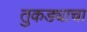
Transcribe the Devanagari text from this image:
तुकड्याचा